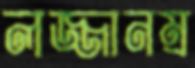
লজ্জানম্র